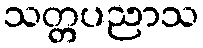
သတ္တပညာသ